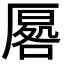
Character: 𭆔